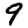
Digit: 9